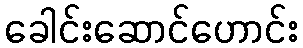
ခေါင်းဆောင်ဟောင်း